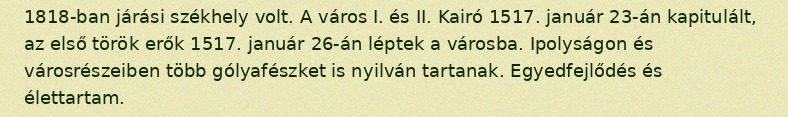
1818-ban járási székhely volt. A város I. és II. Kairó 1517. január 23-án kapitulált, az első török erők 1517. január 26-án léptek a városba. Ipolyságon és városrészeiben több gólyafészket is nyilván tartanak. Egyedfejlődés és élettartam.